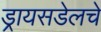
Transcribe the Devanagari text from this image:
ड्रायसडेलचे